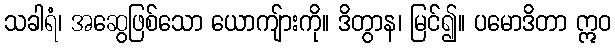
သခါရံ၊ အဆွေဖြစ်သော ယောကျ်ားကို။ ဒိတွာန၊ မြင်၍။ ပမောဒိတာ ဣဝ